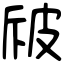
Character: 㿭